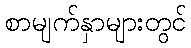
စာမျက်နှာများတွင်